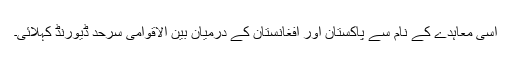
اسی معاہدے کے نام سے پاکستان اور افغانستان کے درمیان بین الاقوامی سرحد ڈیورنڈ کہلائی۔